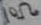
Text: 10Ω